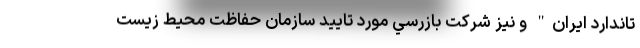
تاندارد ایران" و نيز شركت بازرسي مورد تاييد سازمان حفاظت محيط زيست